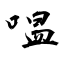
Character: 嗢